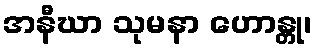
အနီဃာ သုမနာ ဟောန္တု၊